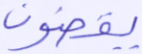
يقضون